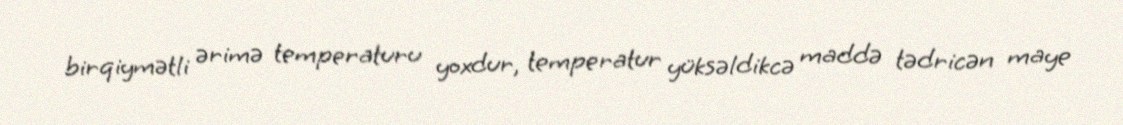
birqiymətli ərimə temperaturu yoxdur, temperatur yüksəldikcə maddə tədricən maye